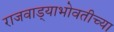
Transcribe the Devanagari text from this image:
राजवाड्याभोवतीच्या